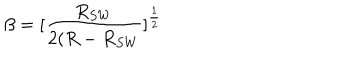
\beta = [ \frac { R _ { S W } } { 2 ( R - R _ { S W } } ] ^ { \frac { 1 } { 2 } }